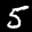
Label: 5